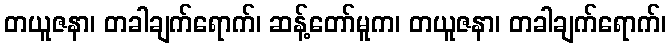
တယူဇနာ၊ တခါချက်ရောက်၊ ဆန့်တော်မူက၊ တယူဇနာ၊ တခါချက်ရောက်၊